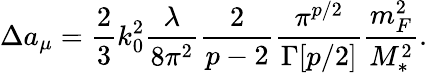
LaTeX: \Delta a_{\mu}=\frac{2}{3}k_{0}^{2}\frac{\lambda}{8\pi^{2}}\frac{2}{p-2}\frac{\pi^{p/2}}{\Gamma[p/2]}\frac{m_{F}^{2}}{M_{*}^{2}}.